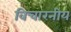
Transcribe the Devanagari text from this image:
विचारनीय